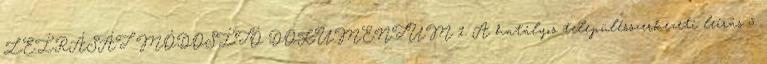
LEÍRÁSÁT MÓDOSÍTÓ DOKUMENTUM 1. A hatályos településszerkezeti leírás 5.